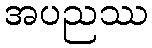
အပညဿ